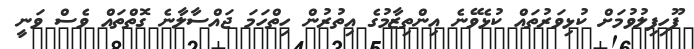
ފޫހިފިލުވުމަށް ކުޅިވަރުތައް ކުޅެވޭނެ އިންތިޒާމުގެ އިތުރުން ހިތްހަމަ ޖައްސާލާނެ ގޮތްތައް ވެސް ވަނީ